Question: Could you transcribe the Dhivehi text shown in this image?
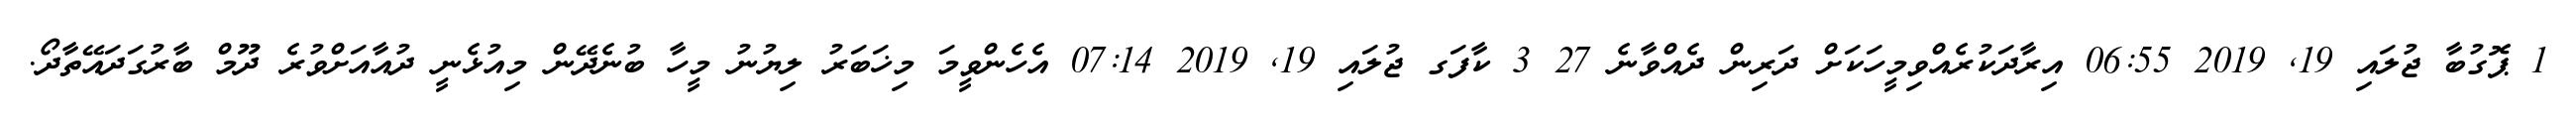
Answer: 1 ޕޮގުބާ ޖުލައި 19, 2019 06:55 އިރާދަކުރެއްވިމީހަކަށް ދަރިން ދެއްވާނެ 27 3 ކާފަގ ޖުލައި 19, 2019 07:14 އެހެންވީމަ މިޚަބަރު ލިޔުނު މީހާ ބުނެދޭން މިއުޅެނީ ދުއާއަށްވުރެ ދޫމް ބާރުގަދައޭތާދޯ.